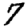
Digit: 7